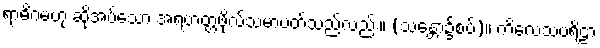
ရာဓိဂမဟု ဆိုအပ်သော အရဟတ္တဖိုလ်သမာပတ်သည်လည်း။ (သန္တော၌စပ်)။ ကိလေသပရိဠာ